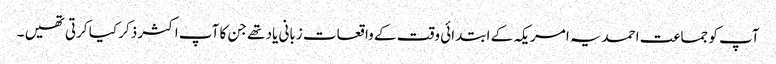
آپ کو جماعت احمدیہ امریکہ کے ابتدائی وقت کے واقعات زبانی یاد تھے جن کا آپ اکثر ذکر کیا کرتی تھیں ۔